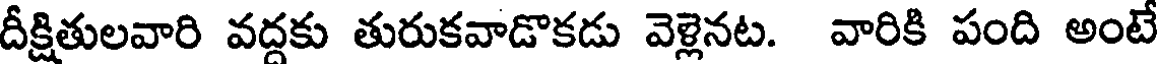
దీక్షితులవారి వద్దకు తురుకవాడొకడు వెళ్లెనట. వారికి పంది అంటే